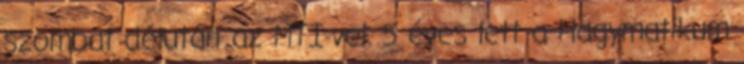
szombat délután az MTI-vel. 5 éves lett a Hagymatikum